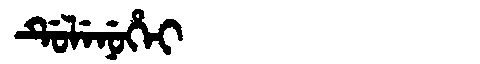
Manchu: ᡩᡠᠯᡝᠨᡠᡥᡝᡳ
Romanization: DULENUHEI